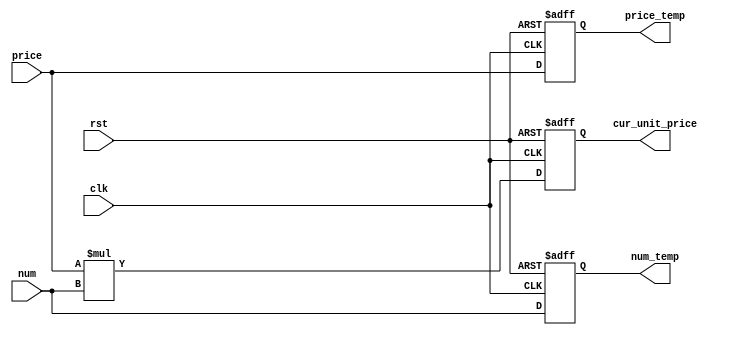
module unit_price(
    input clk,
    input rst,
    input [3:0] price,
    input [3:0] num,
    output reg [3:0] price_temp,
    output reg [3:0] num_temp,
    output reg [7:0] cur_unit_price
);
always @(posedge clk or negedge rst) begin
    if(!rst) begin
        price_temp = 0;
        num_temp = 0;
        cur_unit_price = 0;
    end
    else begin
        price_temp = price;
        num_temp = num;
        cur_unit_price = price_temp * num_temp;
    end
end
endmodule